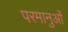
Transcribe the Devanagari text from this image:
परमानुओं